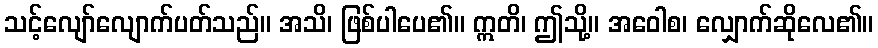
သင့်လျော်လျောက်ပတ်သည်။ အသိ၊ ဖြစ်ပါပေ၏။ ဣတိ၊ ဤသို့။ အဝေါစ၊ လျှောက်ဆိုလေ၏။